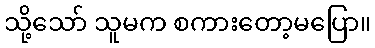
သို့သော် သူမက စကားတော့မပြော။